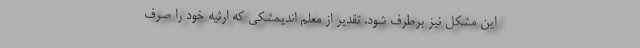
این مشکل نیز برطرف شود. تقدیر از معلم اندیمشکی که ارثیه خود را صرف